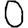
Digit: 0